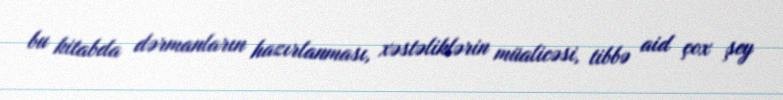
bu kitabda dərmanların hazırlanması, xəstəliklərin müalicəsi, tibbə aid çox şey